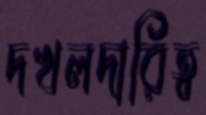
দখলদারিত্ব